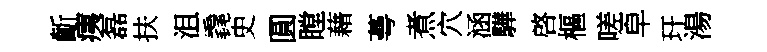
齗痍磊扶沮毳史圓瞠藉蕚煮穴涵驊啓樞嗟皁玕湯